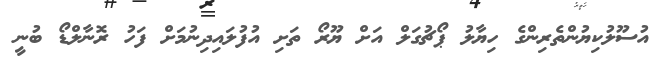
އުސޫލުކިޔުންތެރިންގެ ހިޔާލު ޕޯޗުގަލް އަށް ޔޫރޯ ތަށި އުފުލައިދިނުމަށް ފަހު ރޮނާލްޑޯ ބުނީ